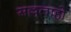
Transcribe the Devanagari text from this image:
सल्ललाहो